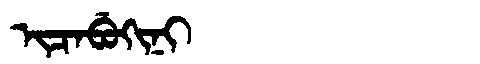
Manchu: ᡳᠴᠠᠪᡠᡴᡳᠨᡳ
Romanization: ICABUKINI